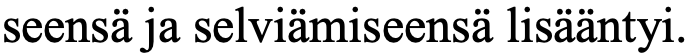
seensä ja selviämiseensä lisääntyi.